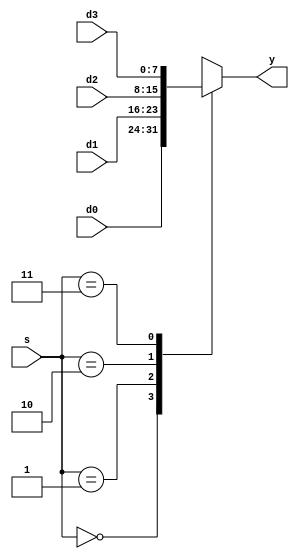
`timescale 1ns / 1ps
//////////////////////////////////////////////////////////////////////////////////
// Company: 
// Engineer: 
// 
// Design Name: 
// Module Name: Mux4
// Project Name: 
// Target Devices: 
// Tool Versions: 
// Description: 
// 
// Dependencies: 
// 
// Revision:
// Revision 0.01 - File Created
// Additional Comments:
// 
//////////////////////////////////////////////////////////////////////////////////


module Mux4#(parameter WIDTH = 8)
	(d0, d1, d2, d3, s, y);
	input [WIDTH - 1: 0] d0;
	input [WIDTH - 1: 0] d1;
	input [WIDTH - 1: 0] d2;
	input [WIDTH - 1: 0] d3;
	input [1:0]s;
	output reg[WIDTH - 1: 0] y;
	always @(*)
	begin
		case(s)
		2'b00: y = d0;
		2'b01: y = d1;
		2'b10: y = d2;
		2'b11: y = d3;
		default: y = 0;
		endcase
	end
endmodule